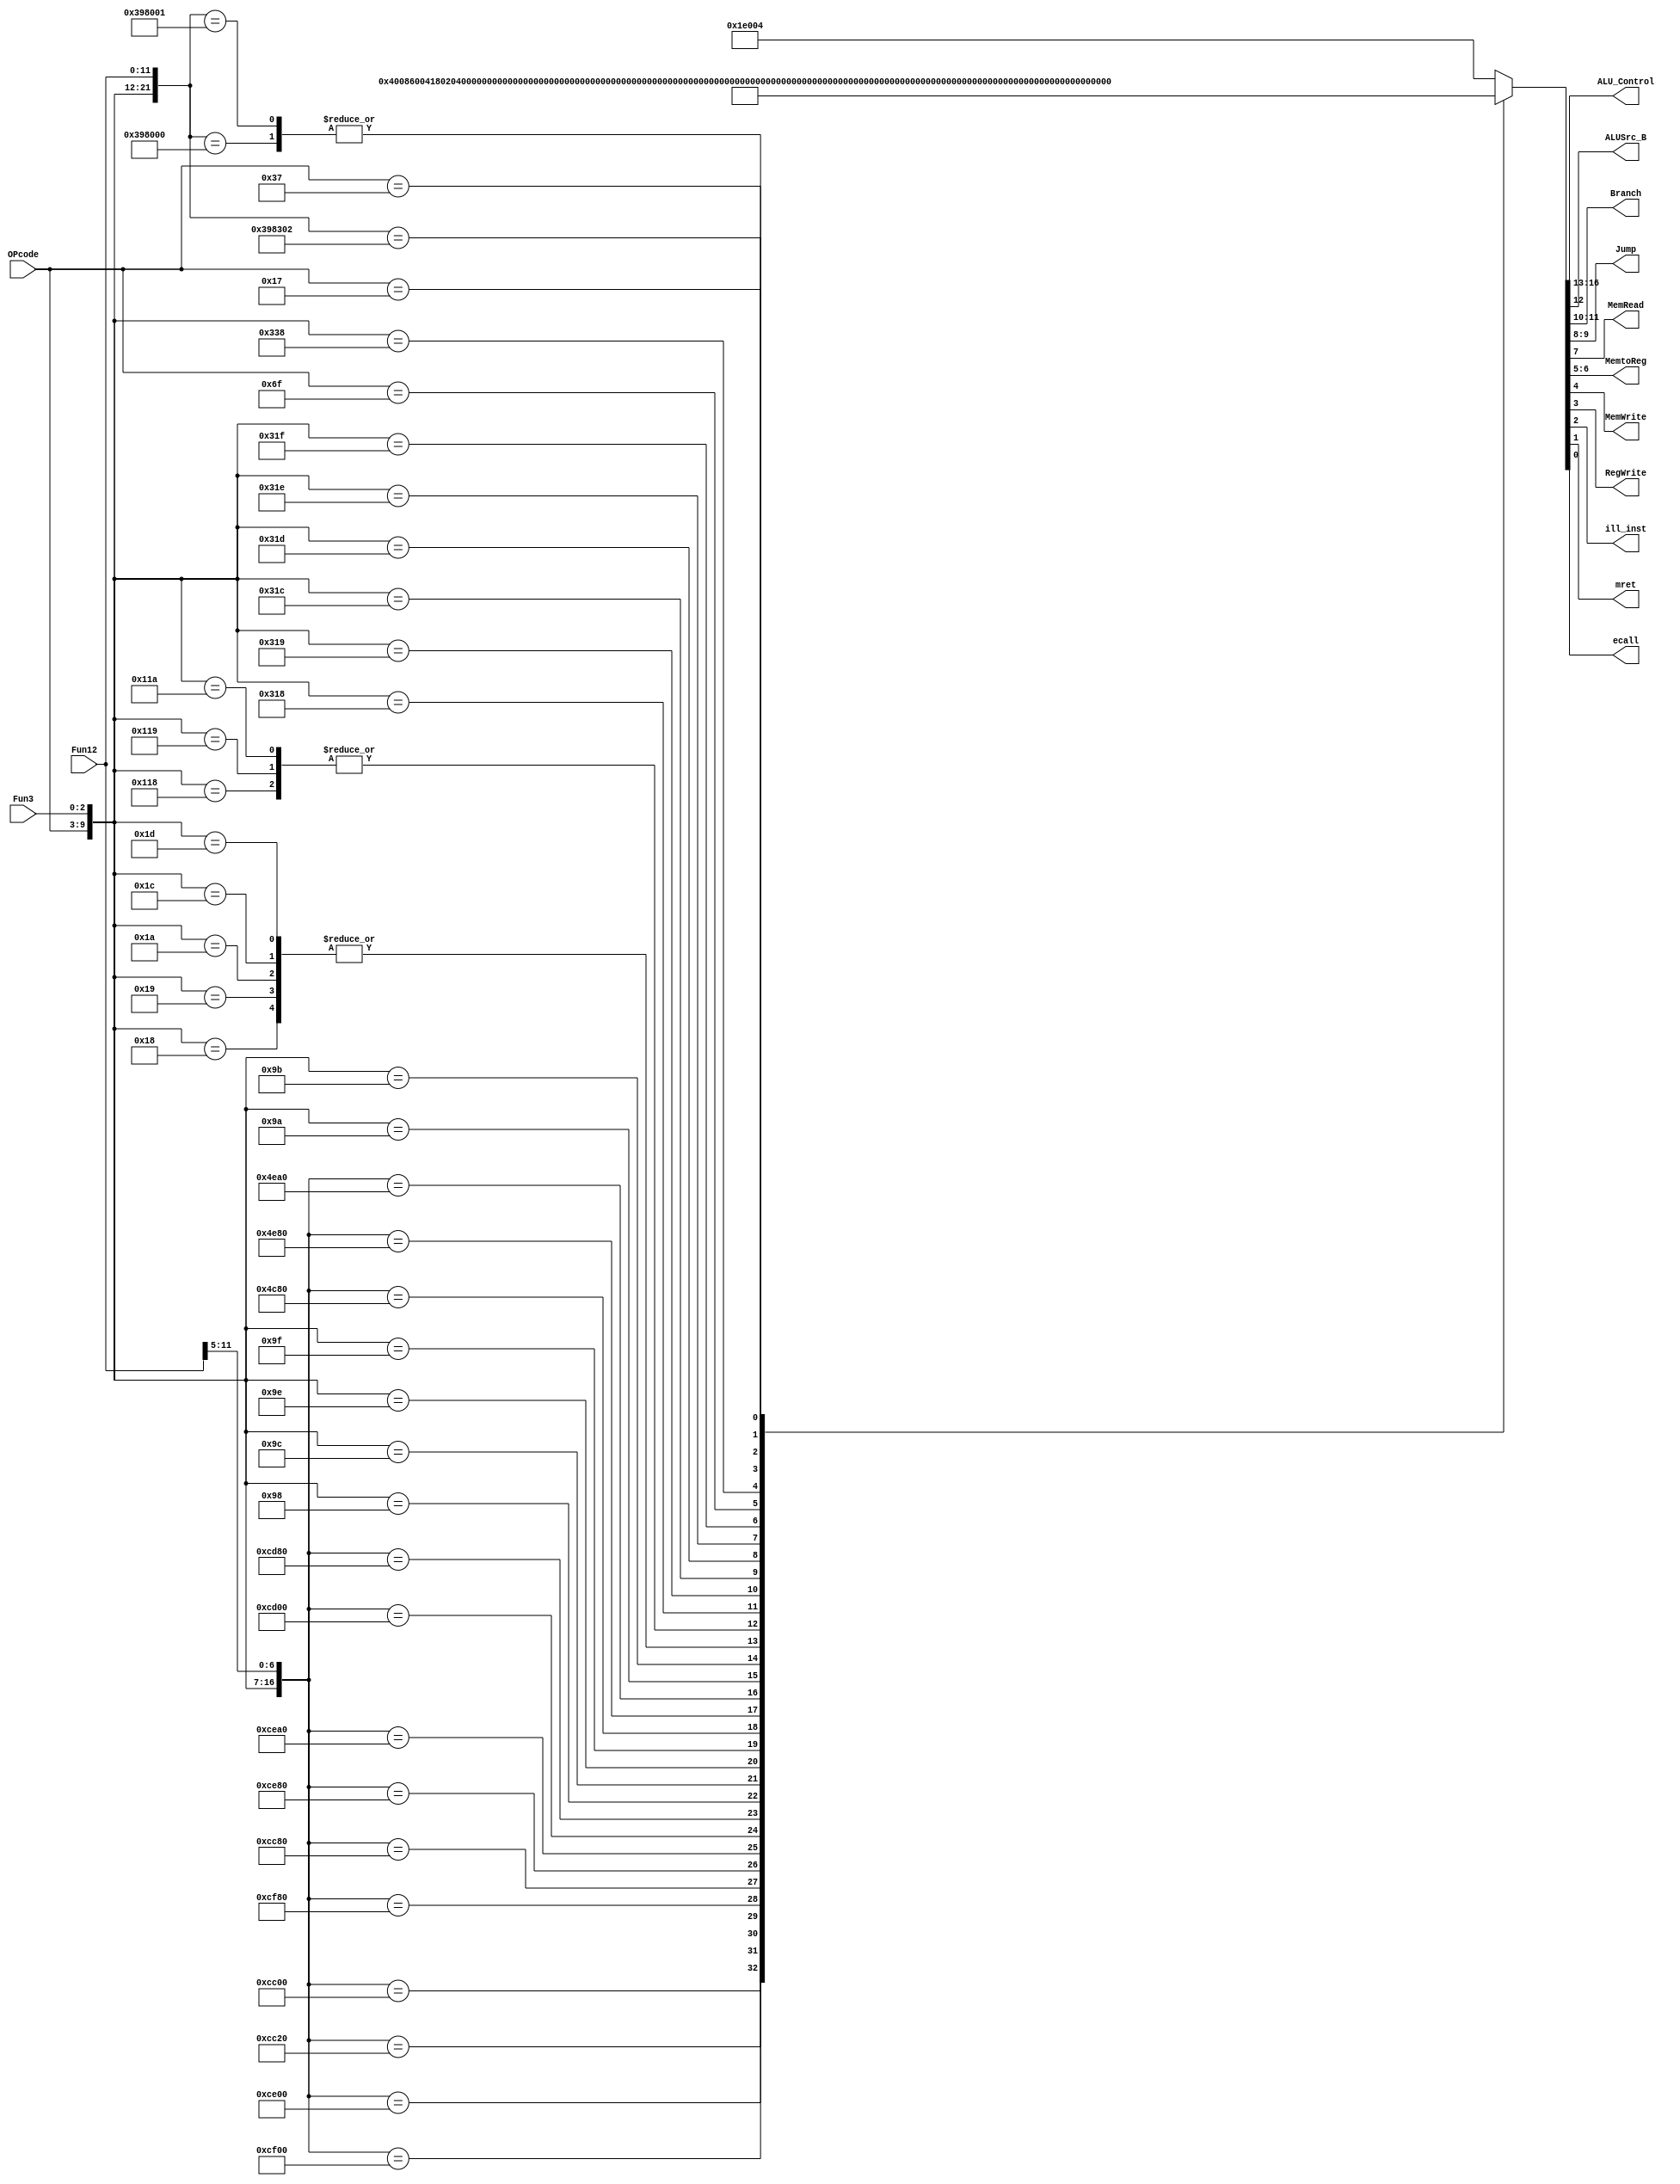
`timescale 1ns / 1ps
`default_nettype none
`define CODE {OPcode,Fun3,Fun12}
`define CONTROL {ALU_Control, ALUSrc_B, Branch, Jump, MemRead, MemtoReg, MemWrite, RegWrite, ill_inst, mret, ecall}

module SCPU_ctrl(input wire [6:0] OPcode,
                 input wire [2:0] Fun3,
                 input wire [11:0] Fun12,
                 output reg [3:0] ALU_Control,
                 output reg ALUSrc_B,
                 output reg [1:0] Branch,
                 output reg [1:0] Jump,
                 output reg MemRead,
                 output reg [1:0] MemtoReg,
                 output reg MemWrite,
                 output reg RegWrite,
                 output reg ill_inst,
                 output reg mret,
                 output reg ecall);
    
    
    always @(*) begin
        casez(`CODE)
            22'b0110011_000_0000000_?????: `CONTROL = 17'b00100_0000_00001_000; //add
            22'b0110011_000_0100000_?????: `CONTROL = 17'b01100_0000_00001_000; //sub
            22'b0110011_100_0000000_?????: `CONTROL = 17'b00110_0000_00001_000; //xor
            22'b0110011_110_0000000_?????: `CONTROL = 17'b00010_0000_00001_000; //or
            22'b0110011_111_0000000_?????: `CONTROL = 17'b00000_0000_00001_000; //and
            22'b0110011_001_0000000_?????: `CONTROL = 17'b01000_0000_00001_000; //sll
            22'b0110011_101_0000000_?????: `CONTROL = 17'b01010_0000_00001_000; //srl
            22'b0110011_101_0100000_?????: `CONTROL = 17'b10000_0000_00001_000; //sra
            22'b0110011_010_0000000_?????: `CONTROL = 17'b01110_0000_00001_000; //slt
            22'b0110011_011_0000000_?????: `CONTROL = 17'b10010_0000_00001_000; //sltu
            22'b0010011_000_???????_?????: `CONTROL = 17'b00101_0000_00001_000; //addi
            22'b0010011_100_???????_?????: `CONTROL = 17'b00111_0000_00001_000; //xori
            22'b0010011_110_???????_?????: `CONTROL = 17'b00011_0000_00001_000; //ori
            22'b0010011_111_???????_?????: `CONTROL = 17'b00001_0000_00001_000; //andi
            22'b0010011_001_0000000_?????: `CONTROL = 17'b01001_0000_00001_000; //slli
            22'b0010011_101_0000000_?????: `CONTROL = 17'b01011_0000_00001_000; //srli
            22'b0010011_101_0100000_?????: `CONTROL = 17'b10001_0000_00001_000; //srai
            22'b0010011_010_???????_?????: `CONTROL = 17'b01111_0000_00001_000; //slti
            22'b0010011_011_???????_?????: `CONTROL = 17'b10011_0000_00001_000; //sltiu
            22'b0000011_000_???????_?????: `CONTROL = 17'b00101_0000_10101_000; //lb
            22'b0000011_001_???????_?????: `CONTROL = 17'b00101_0000_10101_000; //lh
            22'b0000011_010_???????_?????: `CONTROL = 17'b00101_0000_10101_000; //lw
            22'b0000011_100_???????_?????: `CONTROL = 17'b00101_0000_10101_000; //lbu
            22'b0000011_101_???????_?????: `CONTROL = 17'b00101_0000_10101_000; //lhu
            22'b0100011_000_???????_?????: `CONTROL = 17'b00101_0000_00010_000; //sb
            22'b0100011_001_???????_?????: `CONTROL = 17'b00101_0000_00010_000; //sh
            22'b0100011_010_???????_?????: `CONTROL = 17'b00101_0000_00010_000; //sw
            22'b1100011_000_???????_?????: `CONTROL = 17'b01100_1100_00000_000; //beq
            22'b1100011_001_???????_?????: `CONTROL = 17'b01100_1000_00000_000; //bne
            22'b1100011_100_???????_?????: `CONTROL = 17'b01110_1000_00000_000; //blt
            22'b1100011_101_???????_?????: `CONTROL = 17'b01110_1100_00000_000; //bge
            22'b1100011_110_???????_?????: `CONTROL = 17'b10010_1000_00000_000; //bltu
            22'b1100011_111_???????_?????: `CONTROL = 17'b10010_1100_00000_000; //bgeu
            22'b1101111_???_???????_?????: `CONTROL = 17'b11110_0001_01001_000; //jal
            22'b1100111_000_???????_?????: `CONTROL = 17'b11110_0010_01001_000; //jalr
            22'b0110111_???_???????_?????: `CONTROL = 17'b11110_0000_11101_000; //lui
            22'b0010111_???_???????_?????: `CONTROL = 17'b11110_0000_01101_000; //auipc
            22'b1110011_000_0000000_00000: `CONTROL = 17'b11110_0000_00000_001; //ecall
            22'b1110011_000_0000000_00001: `CONTROL = 17'b11110_0000_00000_001; //ebreak
            22'b1110011_000_0011000_00010: `CONTROL = 17'b11110_0000_00000_010; //mret
            default: `CONTROL                       = 17'b11110_0000_00000_100; //ILLEGAL
        endcase
    end
    
endmodule